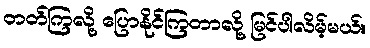
တတ်ကြလို့ ပြောနိုင်ကြတာလို့ မြင်ပါလိမ့်မယ်။